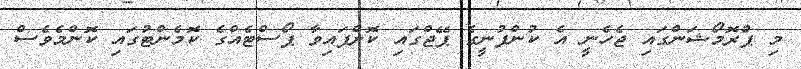
މި ޕްރޮމޯޝަންގައި ޖެހެނީ އެ ކުންފުނީގެ ޕޭޖްގައި ކޮށްފައިވާ ޕޯސްޓެއްގެ ކޮމެންޓުގައި ކޮންމެވެސް